Indian journal of veterinary science and animal husbandry - Volumes 26-27, 1956-1957
Year: 1956
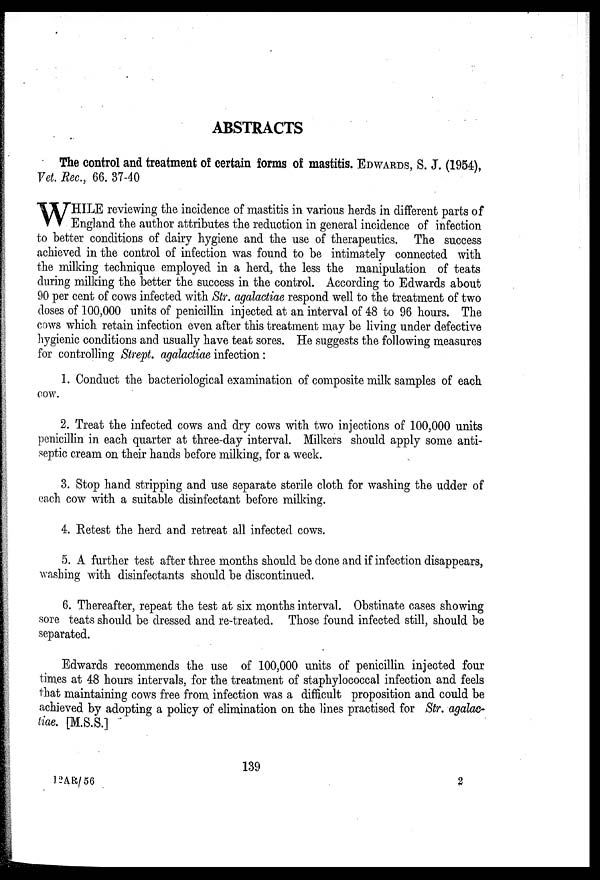
ABSTRACTS
The control and treatment of certain forms of mastitis. EDWARDS, S. J. (1954),
Vet. Rec., 66. 37-40
W HILE reviewing the incidence of mastitis in various herds in different parts of
England the author attributes the reduction in general incidence of infection
to better conditions of dairy hygiene and the use of therapeutics. The success
achieved in the control of infection was found to be intimately connected with
the milking technique employed in a herd, the less the manipulation of teats
during milking the better the success in the control. According to Edwards about
90 per cent of cows infected with Str. agalactiae respond well to the treatment of two
doses of 100,000 units of penicillin injected at an interval of 48 to 96 hours. The
cows which retain infection even after this treatment may be living under defective
hygienic conditions and usually have teat sores. He suggests the following measures
for controlling Strept. agalactiae infection :
1. Conduct the bacteriological examination of composite milk samples of each
cow.
2. Treat the infected cows and dry cows with two injections of 100,000 units
penicillin in each quarter at three-day interval. Milkers should apply some anti-
septic cream on their hands before milking, for a week.
3. Stop hand stripping and use separate sterile cloth for washing the udder of
each cow with a suitable disinfectant before milking.
4. Retest the herd and retreat all infected cows.
5. A further test after three months should be done and if infection disappears,
washing with disinfectants should be discontinued.
6. Thereafter, repeat the test at six months interval. Obstinate cases showing
sore teats should be dressed and re-treated. Those found infected still, should be
separated.
Edwards recommends the use of 100,000 units of penicillin injected four
times at 48 hours intervals, for the treatment of staphylococcal infection and feels
that maintaining cows free from infection was a difficult proposition and could be
achieved by adopting a policy of elimination on the lines practised for Str. agalac
tiae. [M.S.S.]
139
12AR/56
2